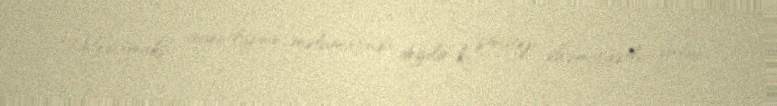
“Mediamaks” agentliyinin məlumatında deyilir ki, strateji əhəmiyyətli yolun